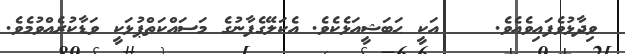
ވިދާޅުވެފައިވެއެވެ.    އަކީ ޙަބަޝީއަޅެކެވެ. އެކަލޭގެފާނުގެ މަސައްކަތްޕުޅަކީ ވަޑާކުރެއްވުމެވެ.